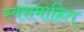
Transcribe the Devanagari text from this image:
स्वसमाहित